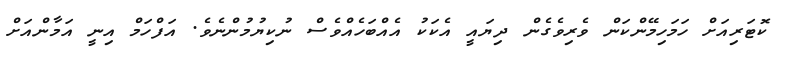
ކޮޓަރިއަށް ހަމަހިމޭންކަން ވެރިވެގެން ދިޔައީ އެކަކު އެއްބަހެއްވެސް ނުކިޔުމުންނެވެ. އަފްހަމް އިނީ އަމާންއަށް